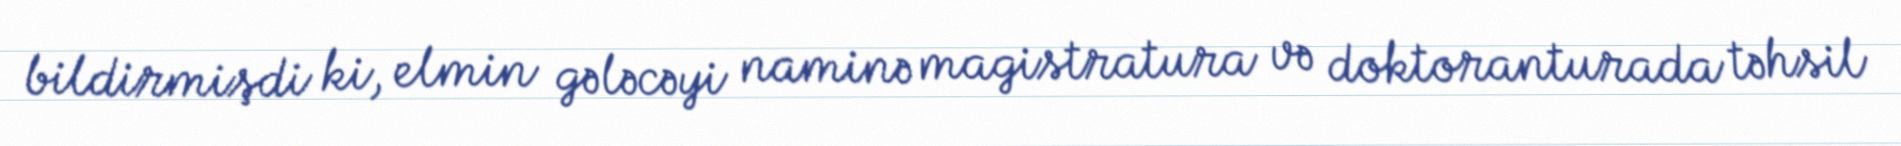
bildirmişdi ki, elmin gələcəyi naminə magistratura və doktoranturada təhsil